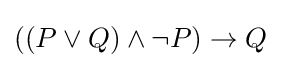
((P\lor Q)\land \neg P)\to Q